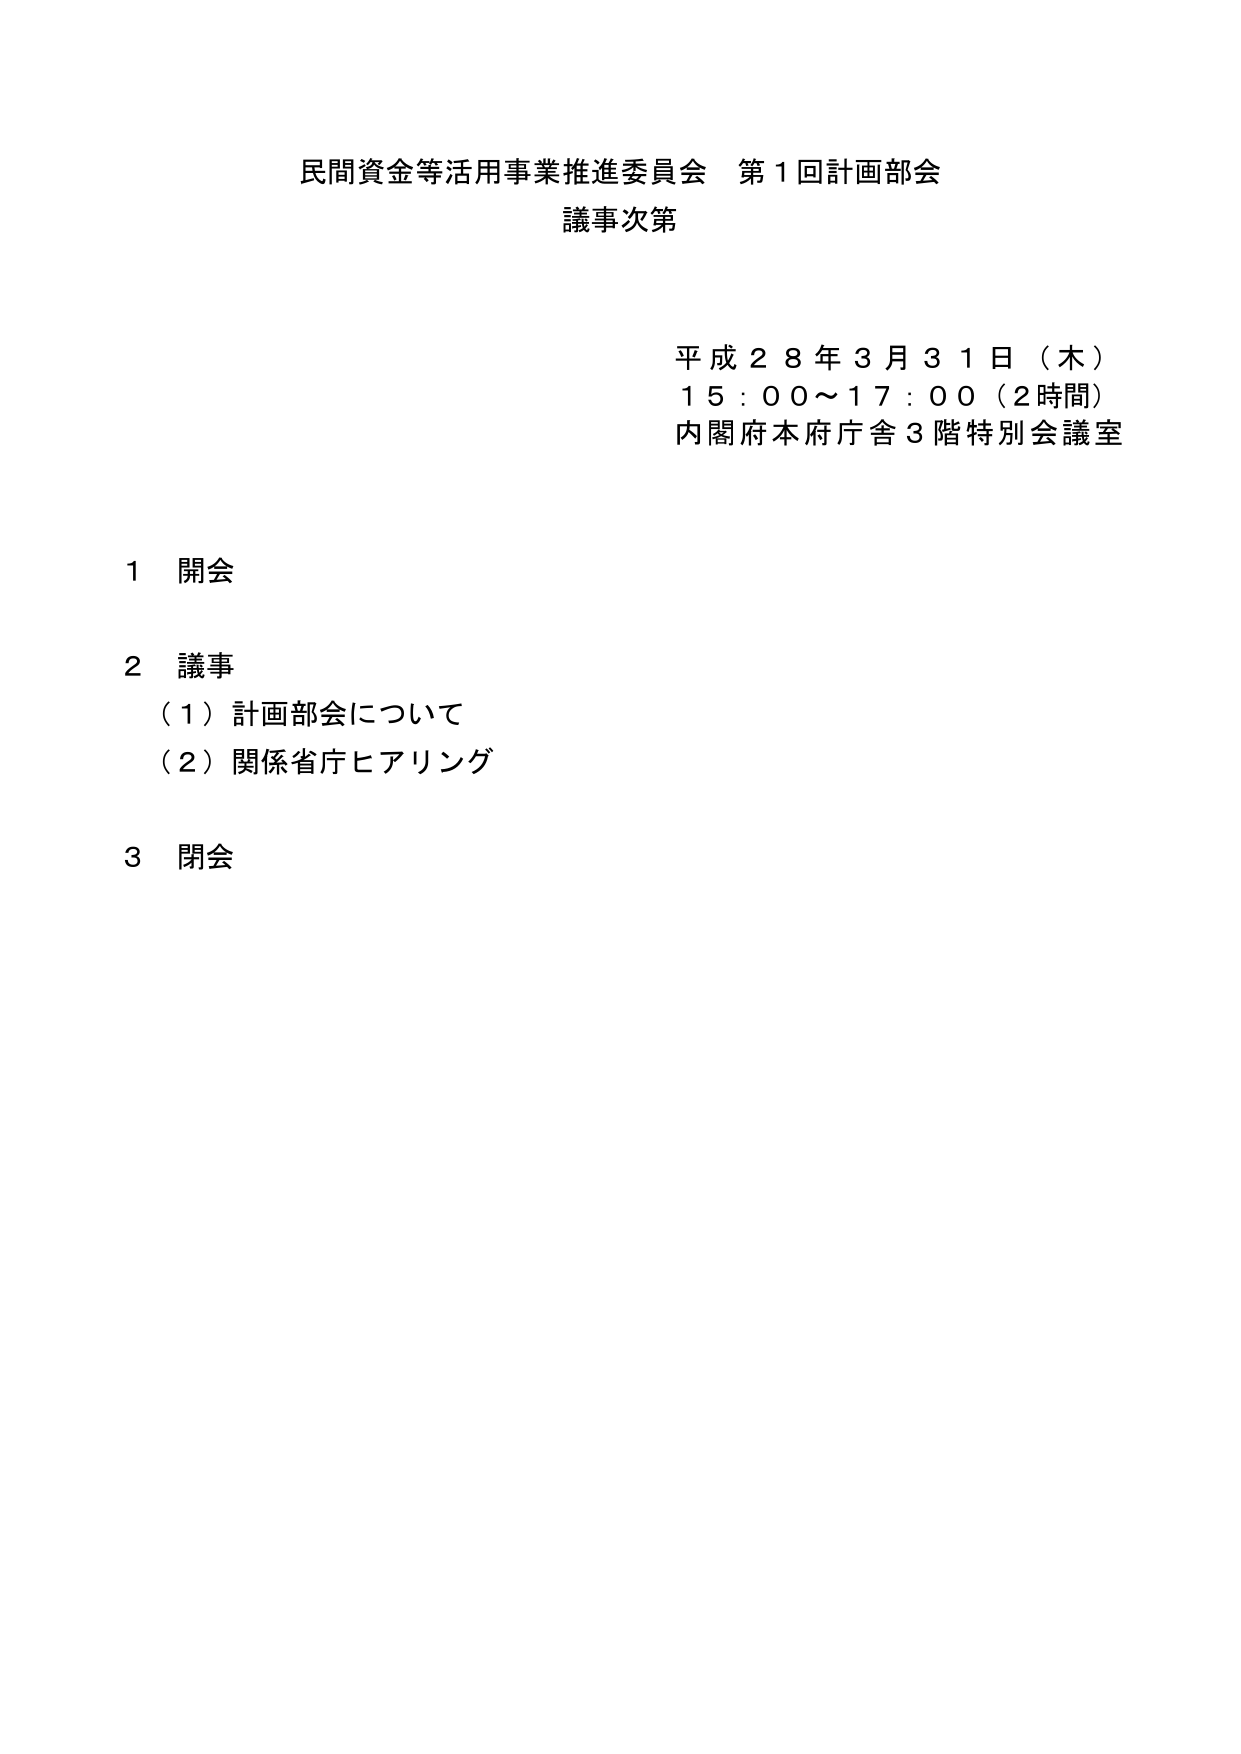
民間資金等活用事業推進委員会 第１回計画部会
議事次第

平成２８年３月３１日（木）
１５：００～１７：００（２時間）
内閣府本府庁舎３階特別会議室

１ 開会

２ 議事
（１）計画部会について
（２）関係省庁ヒアリング

３ 閉会